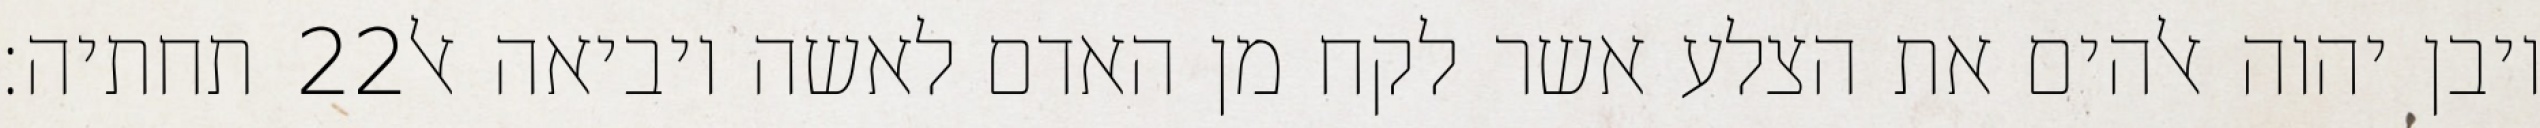
תחתיה׃ ‎22‏ ויבן יהוה אלהים את הצלע אשר לקח מן האדם לאשה ויביאה אל